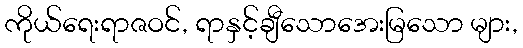
ကိုယ်ရေးရာဇဝင်, ရာနှင့်ချီသောအေးမြသော များ,